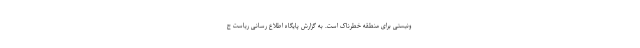
ونیستی برای منطقه خطرناک است. به گزارش پایگاه اطلاع رسانی ریاست ج